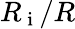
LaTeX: R_{\mathrm{~i~}}/R